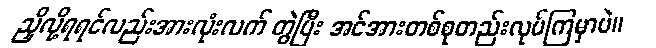
ညှိလို့ရရင်လည်းအားလုံးလက် တွဲပြီး အင်အားတစ်စုတည်းလုပ်ကြမှာပဲ။